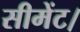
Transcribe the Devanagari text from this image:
सीमेंट।